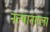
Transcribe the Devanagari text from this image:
नत्थानगला